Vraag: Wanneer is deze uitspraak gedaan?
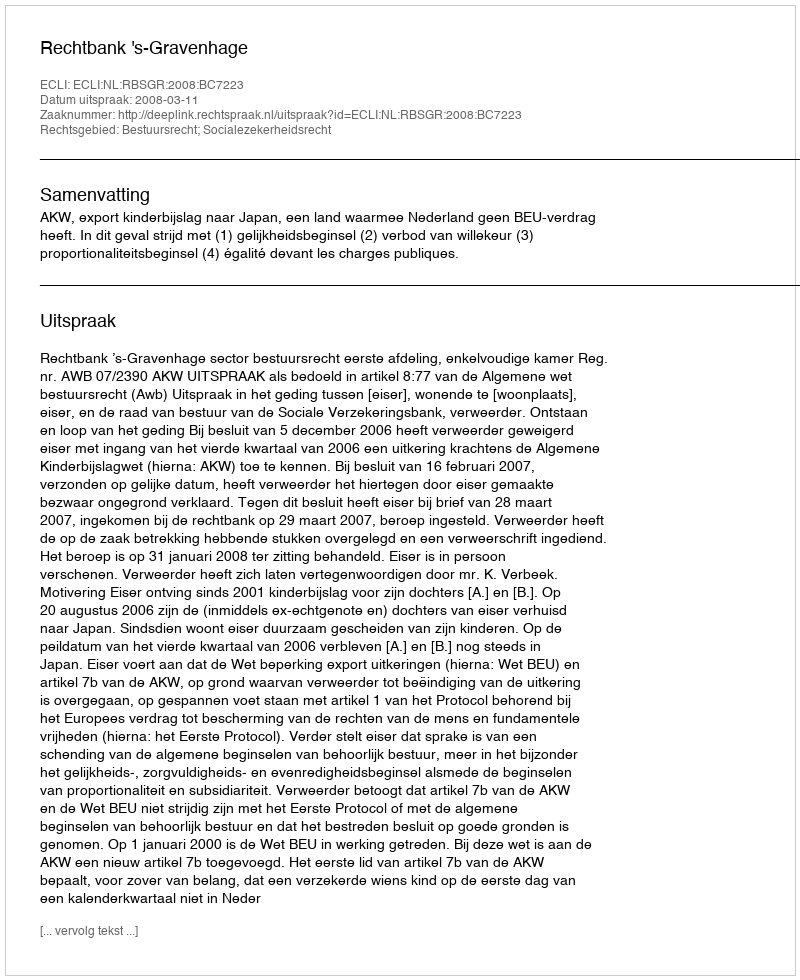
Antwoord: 2008-03-11